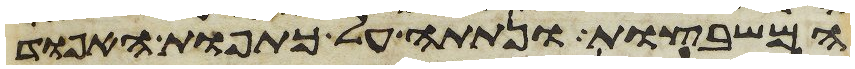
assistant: המשבצות ונתתה על כתפות האפוד